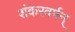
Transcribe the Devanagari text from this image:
शंकरवर्मन्